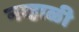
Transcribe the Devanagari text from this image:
नव्हाळी